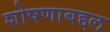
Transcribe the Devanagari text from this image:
शोषणाबद्दल